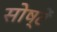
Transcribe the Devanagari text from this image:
सोष्टें